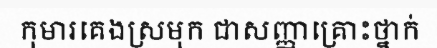
កុមារគេងស្រមុក ជាសញ្ញាគ្រោះថ្នាក់